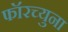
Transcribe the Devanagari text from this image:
फॉरच्युना